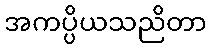
အကပ္ပိယသညိတာ